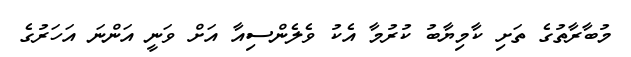
މުބާރާތުގެ ތަށި ކާމިޔާބު ކުރުމާ އެކު ވެލެންސިއާ އަށް ވަނީ އަންނަ އަހަރުގެ